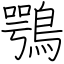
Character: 鶚